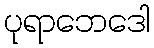
ပုရာဘေဒေါ